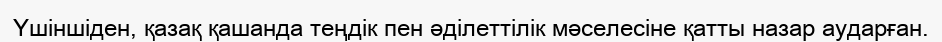
Үшіншіден, қазақ қашанда теңдік пен әділеттілік мәселесіне қатты назар аударған.